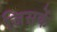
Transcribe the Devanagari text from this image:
जिसकें